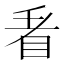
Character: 𭾩